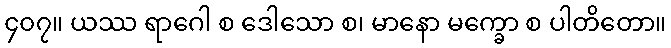
၄၀၇။ ယဿ ရာဂေါ စ ဒေါသော စ၊ မာနော မက္ခော စ ပါတိတော။